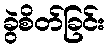
ခွဲစိတ်ခြင်း